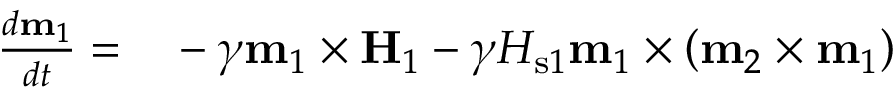
\begin{array} { r l } { \frac { d \mathbf { m } _ { 1 } } { d t } = } & { { } - \gamma \mathbf { m } _ { 1 } \times \mathbf { H } _ { 1 } - \gamma H _ { \mathrm { s } 1 } \mathbf { m } _ { 1 } \times \left( \mathbf { m } _ { 2 } \times \mathbf { m } _ { 1 } \right) } \end{array}